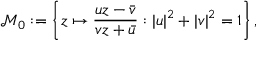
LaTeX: { \mathcal { M } } _ { 0 } : = \left\{ z \mapsto { \frac { u z - { \bar { v } } } { v z + { \bar { u } } } } : | u | ^ { 2 } + | v | ^ { 2 } = 1 \right\} ,